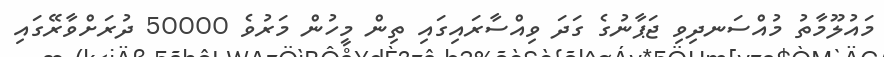
މައުލޫމާތު މުއްސަނދިވި ޖަޕާނުގެ ގަދަ ވިއްސާރައިގައި ތިން މީހުން މަރުވެ 50000 ދުރަށްވާރޭގައި